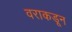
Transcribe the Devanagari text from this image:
वराकडून